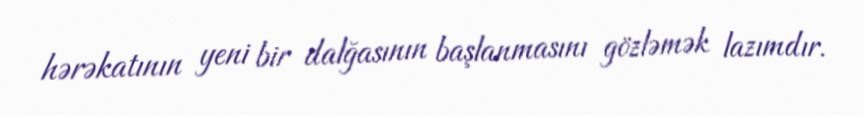
hərəkatının yeni bir dalğasının başlanmasını gözləmək lazımdır.